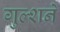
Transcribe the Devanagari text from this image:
गुल्शने